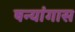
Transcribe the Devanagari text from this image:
षन्यांगास